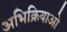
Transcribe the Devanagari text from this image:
अभिक्रियाओ